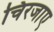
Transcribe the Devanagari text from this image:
चिरजाए